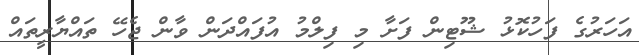
އަހަރުގެ ފަހުކޮޅު ޝޫޓިން ފަށާ މި ފިލްމު އުފައްދަން ވާން ޖެހޭ ތައްޔާރީތައް